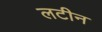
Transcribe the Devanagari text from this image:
लटीन